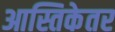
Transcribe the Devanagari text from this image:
आस्तिकेतर